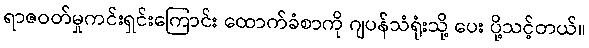
ရာဇဝတ်မှုကင်းရှင်းကြောင်း ထောက်ခံစာကို ဂျပန်သံရုံးသို့ ပေး ပို့သင့်တယ်။